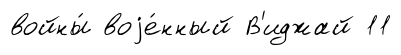
войны́ воjе́нный В'иджай 11